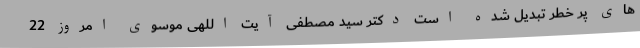
های پر خطر تبدیل شده است دکتر سید مصطفی آیت اللهی موسوی امروز 22